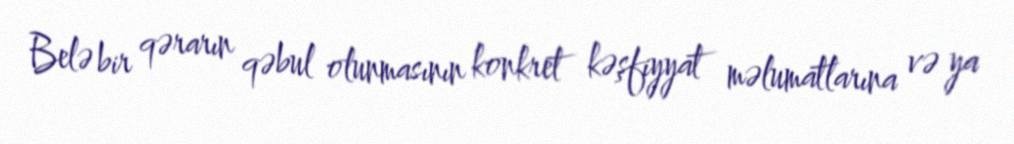
Belə bir qərarın qəbul olunmasının konkret kəşfiyyat məlumatlarına və ya